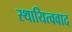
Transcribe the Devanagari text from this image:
स्थायित्ववाद